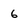
Character: 6